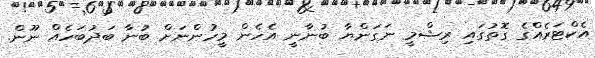
އެކްޓަރެއްގެ ގޮތުގައި ރިޝްމީ ނަގަންޔާ ބުނާނީ އެހެން މީހުންނަށް ބުނާ ބަދުބަހެއް ނޫން.